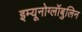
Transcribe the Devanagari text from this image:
इम्यूनोग्लॉबुलिन